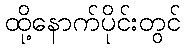
ထို့နောက်ပိုင်းတွင်